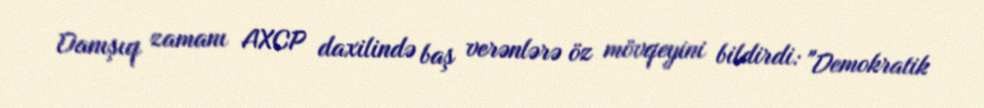
Danışıq zamanı AXCP daxilində baş verənlərə öz mövqeyini bildirdi: "Demokratik